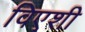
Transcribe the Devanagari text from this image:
विएशी